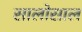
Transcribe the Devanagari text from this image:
सालोसाल